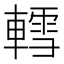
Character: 轌